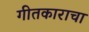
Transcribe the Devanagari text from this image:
गीतकाराचा